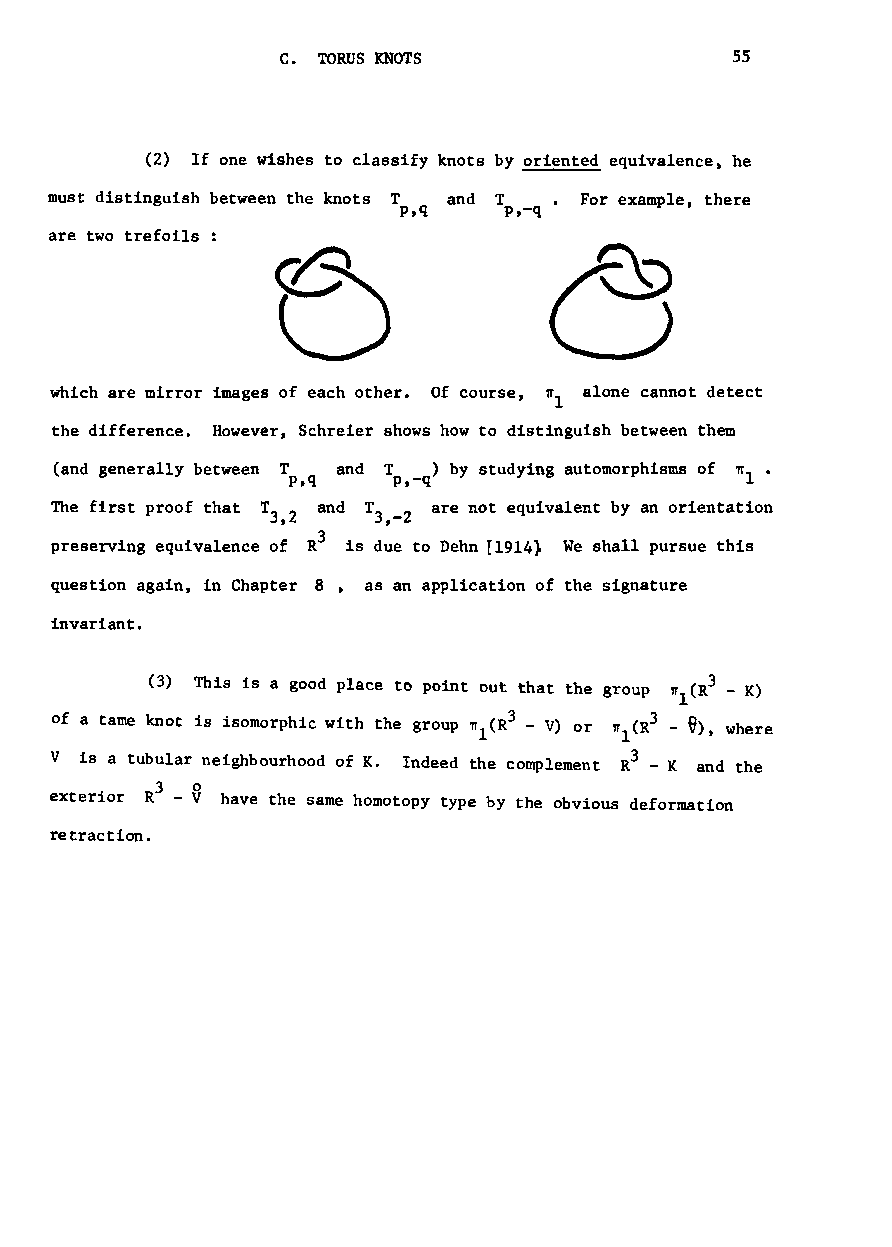
C• TORUS KNOTS                55
 (2) If one wishes to classify knots by oriented equivalence, he
 must distinguish between the knots T and T For example, there
 p,q    p,-q
 are two trefoils
 which are mirror images of each other. Of course, alone cannot detect
 the difference. However, Schreier shows how to distinguish between them
 (and generally between T and T ) by studying automorphisms of ~l.
 p,q    p,-q
 The first proof that T ,2 and T ,-2 are not equivalent by an orientation
 3      3
 3
 preserving equivalence of R is due to Dehn [1914} We shall pursue this
 question again, in Chapter 8 , as an application of the signature
 invariant.
 (3) This is a good place to point out that the group 'rT (R3 - K)
 1
 of a tame knot is isomorphic with the group TrI(R3 - V) or 'rT1(R3 9), where
 V is a tubular neighbourhood of K. Indeed the complement R3 - K and the
 3  ~
 exterior R - have the same homotopy type by the obvious deformation
 retraction.